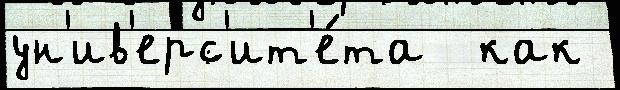
ун'ив'ерс'ит'е́та  как